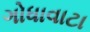
ગોધાવાટા